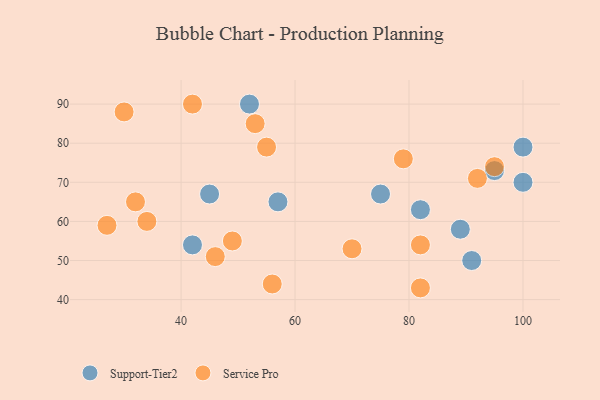
{"axis": {"x": "GDP", "y": "Life Expectancy"}, "legend": ["Service Pro", "Support-Tier2"], "data": [{"x": "89", "y": 58, "type": "Support-Tier2"}, {"x": "42", "y": 54, "type": "Support-Tier2"}, {"x": "57", "y": 65, "type": "Support-Tier2"}, {"x": "100", "y": 79, "type": "Support-Tier2"}, {"x": "91", "y": 50, "type": "Support-Tier2"}, {"x": "82", "y": 63, "type": "Support-Tier2"}, {"x": "75", "y": 67, "type": "Support-Tier2"}, {"x": "95", "y": 73, "type": "Support-Tier2"}, {"x": "45", "y": 67, "type": "Support-Tier2"}, {"x": "100", "y": 70, "type": "Support-Tier2"}, {"x": "52", "y": 90, "type": "Support-Tier2"}, {"x": "42", "y": 90, "type": "Service Pro"}, {"x": "82", "y": 54, "type": "Service Pro"}, {"x": "82", "y": 43, "type": "Service Pro"}, {"x": "70", "y": 53, "type": "Service Pro"}, {"x": "34", "y": 60, "type": "Service Pro"}, {"x": "56", "y": 44, "type": "Service Pro"}, {"x": "79", "y": 76, "type": "Service Pro"}, {"x": "95", "y": 74, "type": "Service Pro"}, {"x": "92", "y": 71, "type": "Service Pro"}, {"x": "27", "y": 59, "type": "Service Pro"}, {"x": "53", "y": 85, "type": "Service Pro"}, {"x": "49", "y": 55, "type": "Service Pro"}, {"x": "30", "y": 88, "type": "Service Pro"}, {"x": "32", "y": 65, "type": "Service Pro"}, {"x": "46", "y": 51, "type": "Service Pro"}, {"x": "55", "y": 79, "type": "Service Pro"}]}